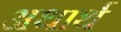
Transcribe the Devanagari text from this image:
अथार्थ